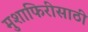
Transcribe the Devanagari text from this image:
मुशाफिरीसाठी